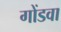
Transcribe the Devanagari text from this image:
गोंडवा